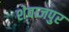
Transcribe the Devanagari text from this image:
शेवाजपुर